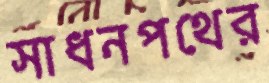
সাধনপথের